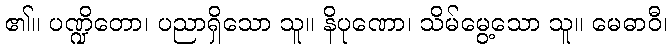
၏။ ပဏ္ဍိတော၊ ပညာရှိသော သူ။ နိပုဏော၊ သိမ်မွေ့သော သူ။ မေဓာဝီ၊